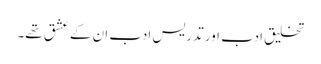
تخلیق ادب اور تدریس ادب ان کے عشق تھے۔